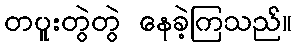
တပူးတွဲတွဲ နေခဲ့ကြသည်။